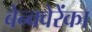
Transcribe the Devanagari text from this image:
बेन्क्वेरेंका